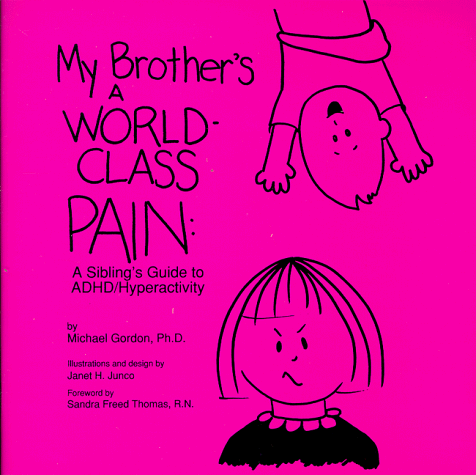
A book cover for My Brother's a World-Class Pain: A Sibling's Guide to Adhd-Hyperactivity; Michael Gordon; Parenting & Relationships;